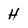
Character: H